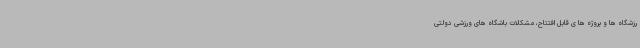
رزشگاه ها و پروژه ها ی قابل افتتاح، مشکلات باشگاه های ورزشی دولتی